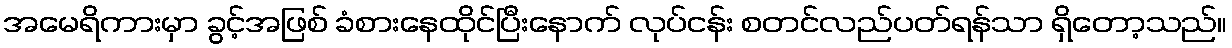
အမေရိကားမှာ ခွင့်အဖြစ် ခံစားနေထိုင်ပြီးနောက် လုပ်ငန်း စတင်လည်ပတ်ရန်သာ ရှိတော့သည်။